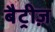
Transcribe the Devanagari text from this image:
बैट्रीज़